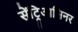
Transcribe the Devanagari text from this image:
सेंट्रिआसिनर